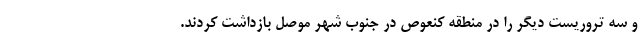
و سه تروریست دیگر را در منطقه کنعوص در جنوب شهر موصل بازداشت کردند.